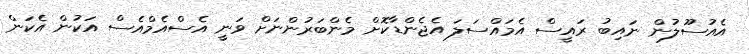
އެއުސޫލުން ނައިބު ރައީސް އެމައްސަލަ އެޖެންޑާކޮށް މެންބަރުންނަށް ވަނީ އެސްއެމްއެސް އަކުން އެކަން